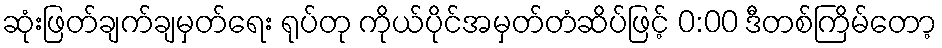
ဆုံးဖြတ်ချက်ချမှတ်ရေး ရုပ်တု ကိုယ်ပိုင်အမှတ်တံဆိပ်ဖြင့် 0:00 ဒီတစ်ကြိမ်တော့